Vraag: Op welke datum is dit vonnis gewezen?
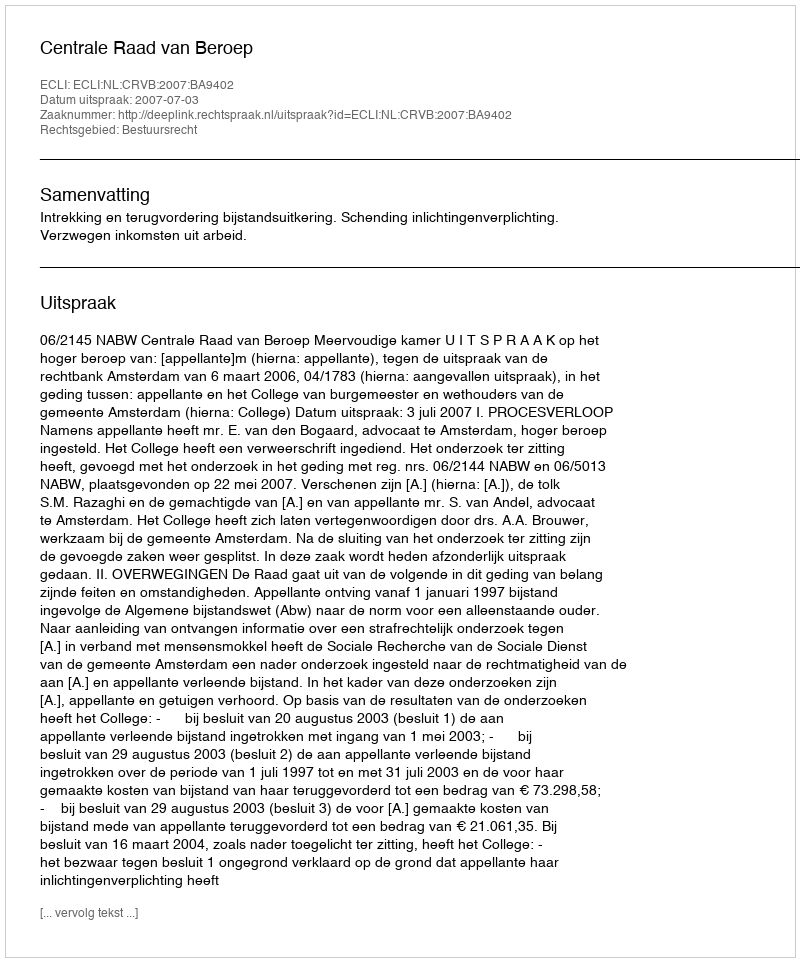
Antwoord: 2007-07-03